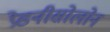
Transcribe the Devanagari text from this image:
प्रेडनीसोलोन